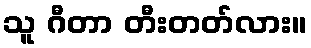
သူ ဂီတာ တီးတတ်လား။